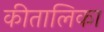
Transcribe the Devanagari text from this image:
कीतालिका